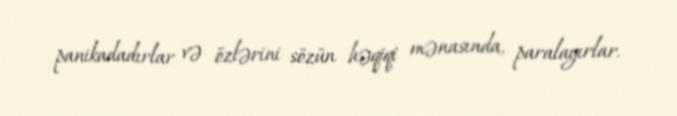
panikadadırlar və özlərini sözün həqiqi mənasında, paralayırlar.